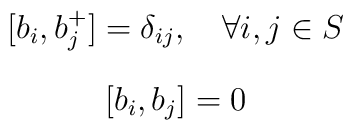
\begin{array}{c} [b_{i},b_{j}^{+}]=\delta_{ij},\quad \forall i,j \in S\\[4mm][b_{i},b_{j}]=0\end{array}